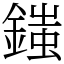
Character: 䥀